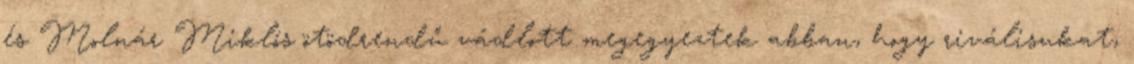
és Molnár Miklós ötödrendű vádlott megegyeztek abban, hogy riválisukat,